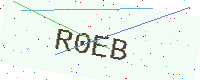
Text: R0EB